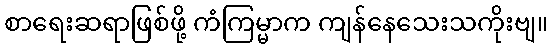
စာရေးဆရာဖြစ်ဖို့ ကံကြမ္မာက ကျန်နေသေးသကိုးဗျ။